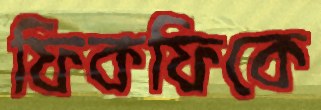
ফিকফিকে